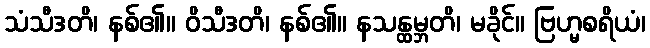
သံသီဒတိ၊ နစ်၏။ ဝိသီဒတိ၊ နစ်၏။ နသန္ထမ္ဘတိ၊ မခိုင်။ ဗြဟ္မစရိယံ၊